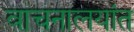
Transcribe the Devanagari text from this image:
वाचनालयांत